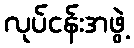
လုပ်ငန်းအဖွဲ့